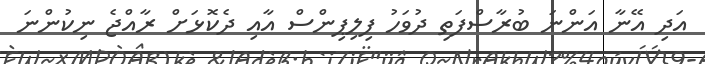
އަދި އޭނާ އަންނަ ބުރާސްފަތި ދުވަހު ފިލިޕިންސް އާއި ދެކޮޅަށް ރާއްޖެ ނިކުންނަ